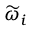
\widetilde { \omega } _ { i }